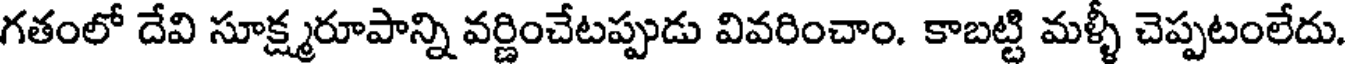
గతంలో దేవి సూక్ష్మరూపాన్ని వర్ణించేటప్పుడు వివరించాం. కాబట్టి మళ్ళీ చెప్పటంలేదు.